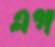
এগ